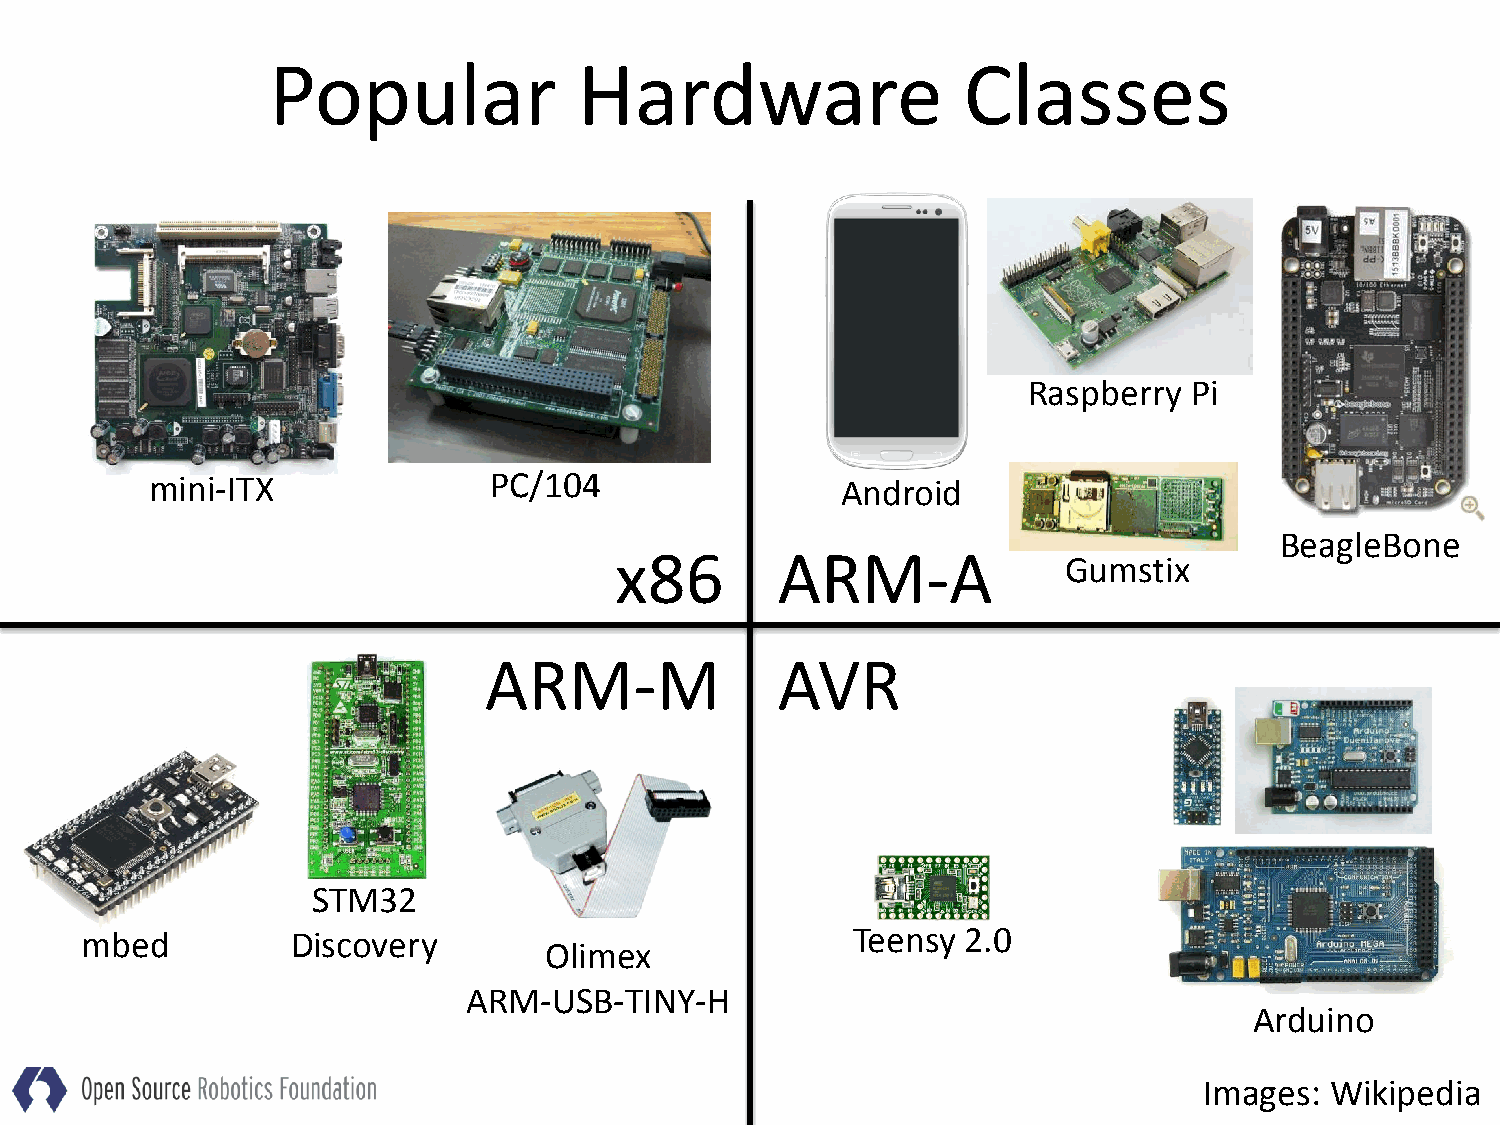
Popular             Hardware                  Classes
 Raspberry  Pi
 mini-ITX              PC/104                  Android
 BeagleBone
 x86       ARM-A
 Gumstix
 ARM-M              AVR
 STM32
 mbed          Discovery                            Teensy  2.0
 Olimex
 ARM-USB-TINY-H
 Arduino
 Images: Wikipedia